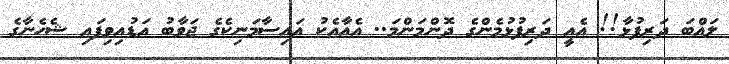
ލައްބަ ދަރިފުޅާ!! އެއީ ދަރިފުޅުމެންގެ ދޮންމަންމަ.. އެއާއެކު އައިސާމަނިކެގެ ޖަވާބު އަޑުއިވިފައި ޝެހެނާގެ